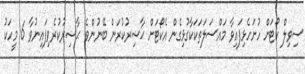
ސިވިލް ކޯޓަށް ހުށަހެޅިފައިވާ މައްސަލަތަކަކާގުޅިގެން އެކޯޓަށް ޙާޟިރުކުރަން ބޭނުންވެ ޙާޟިރުކުރެވިފައިނުވާ 6 މީހަކު